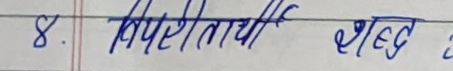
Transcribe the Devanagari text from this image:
8. विपरीतार्थी शब्द :